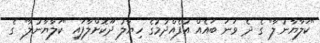
"ކަލާޔާނުލާ" ގެ ދެ ވަނަ ބައެއް އުފެއްދުމުގެ ހިޔާލު ދޫކޮށްލާފައި "ކަލާޔާނުލާ" ގެ